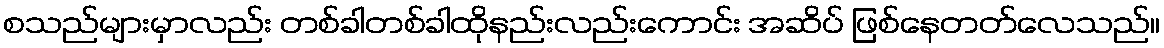
စသည်များမှာလည်း တစ်ခါတစ်ခါထိုနည်းလည်းကောင်း အဆိပ် ဖြစ်နေတတ်လေသည်။